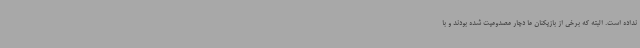
نداده است. البته که برخی از بازیکنان ما دچار مصدومیت شده بودند و با